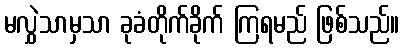
မလွှဲသာမှသာ ခုခံတိုက်ခိုက် ကြရမည် ဖြစ်သည်။